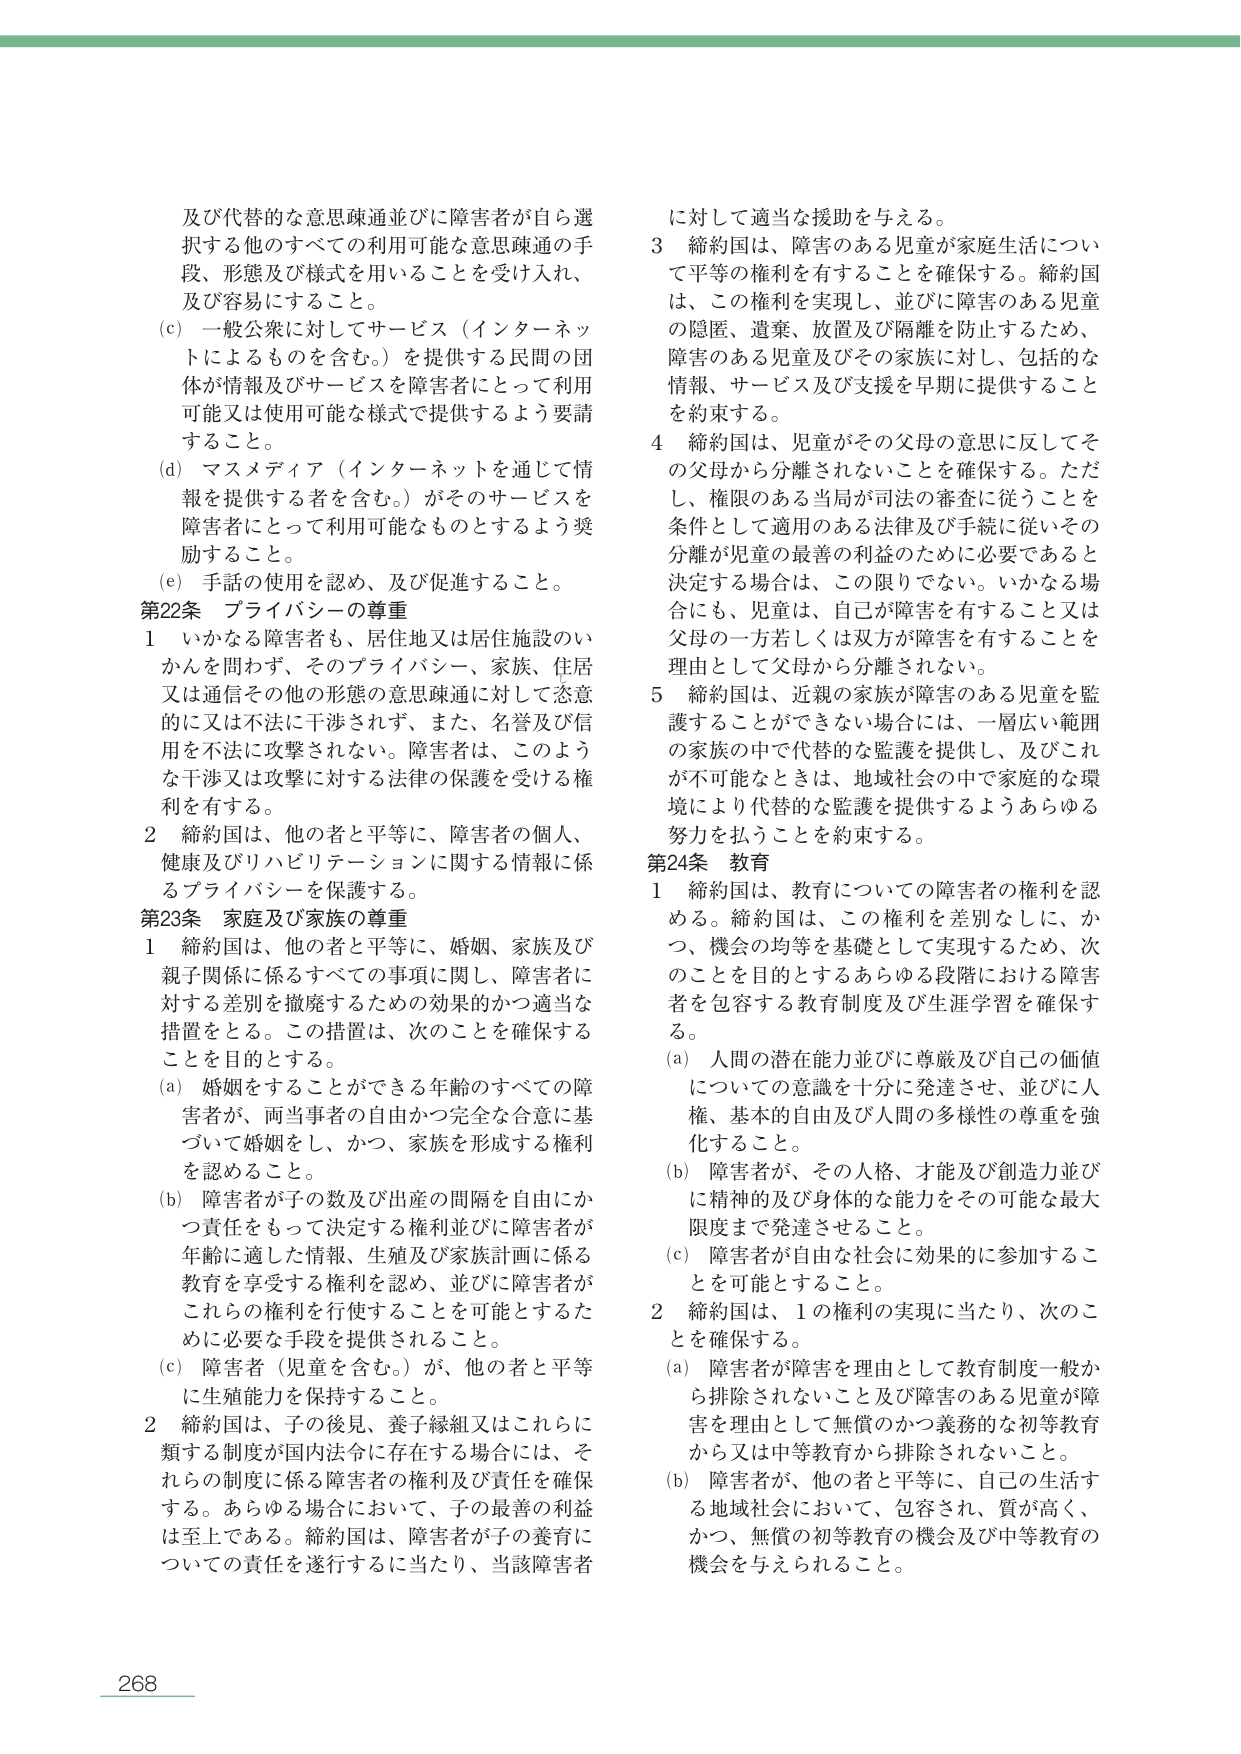
及び代替的な意思疎通並びに障害者が自ら選択する他のすべての利用可能な意思疎通の手段、形態及び様式を用いることを受け入れ、及び容易にすること。

(c) 一般公衆に対してサービス（インターネットによるものを含む。）を提供する民間の団体が情報及びサービスを障害者にとって利用可能又は使用可能な様式で提供するよう要請すること。

(d) マスメディア（インターネットを通じて情報を提供する者を含む。）がそのサービスを障害者にとって利用可能なものとするよう奨励すること。

(e) 手話の使用を認め、及び促進すること。

第22条 プライバシーの尊重

1 いかなる障害者も、居住地又は居住施設のいかんを問わず、そのプライバシー、家族、住居又は通信その他の形態の意思疎通に対して恣意的に又は不法に干渉されず、また、名誉及び信用を不法に攻撃されない。障害者は、このような干渉又は攻撃に対する法律の保護を受ける権利を有する。

2 締約国は、他の者と平等に、障害者の個人、健康及びリハビリテーションに関する情報に係るプライバシーを保護する。

第23条 家庭及び家族の尊重

1 締約国は、他の者と平等に、婚姻、家族及び親子関係に係るすべての事項に関し、障害者に対する差別を撤廃するための効果的かつ適当な措置をとる。この措置は、次のことを確保することを目的とする。

(a) 婚姻をすることができる年齢のすべての障害者が、両当事者の自由かつ完全な合意に基づいて婚姻をし、かつ、家族を形成する権利を認めること。

(b) 障害者が子の数及び出産の間隔を自由にかつ責任をもって決定する権利並びに障害者が年齢に適した情報、生殖及び家族計画に係る教育を享受する権利を認め、並びに障害者がこれらの権利を行使することを可能とするために必要な手段を提供されること。

(c) 障害者（児童を含む。）が、他の者と平等に生殖能力を保持すること。

2 締約国は、子の後見、養子縁組又はこれらに類する制度が国内法令に存在する場合には、それらの制度に係る障害者の権利及び責任を確保する。あらゆる場合において、子の最善の利益は至上である。締約国は、障害者が子の養育についての責任を遂行するに当たり、当該障害者に対して適当な援助を与える。

3 締約国は、障害のある児童が家庭生活について平等の権利を有することを確保する。締約国は、この権利を実現し、並びに障害のある児童の隠匿、遺棄、放置及び隔離を防止するため、障害のある児童及びその家族に対し、包括的な情報、サービス及び支援を早期に提供することを約束する。

4 締約国は、児童がその父母の意思に反してその父母から分離されないことを確保する。ただし、権限のある当局が司法の審査に従うことを条件として適用のある法律及び手続に従いその分離が児童の最善の利益のために必要であると決定する場合は、この限りでない。いかなる場合にも、児童は、自己が障害を有すること又は父母の一方若しくは双方が障害を有することを理由として父母から分離されない。

5 締約国は、近親の家族が障害のある児童を監護することができない場合には、一層広い範囲の家族の中で代替的な監護を提供し、及びこれが不可能なときは、地域社会の中で家庭的な環境により代替的な監護を提供するようあらゆる努力を払うことを約束する。

第24条 教育

1 締約国は、教育についての障害者の権利を認める。締約国は、この権利を差別なしに、かつ、機会の均等を基礎として実現するため、次のことを目的とするあらゆる段階における障害者を包摂する教育制度及び生涯学習を確保する。

(a) 人間の潜在能力並びに尊厳及び自己の価値についての意識を十分に発達させ、並びに人権、基本的自由及び人間の多様性の尊重を強化すること。

(b) 障害者が、その人格、才能及び創造力並びに精神的及び身体的な能力をその可能な最大限度まで発達させること。

(c) 障害者が自由な社会に効果的に参加することを可能とすること。

2 締約国は、1の権利の実現に当たり、次のことを確保する。

(a) 障害者が障害を理由として教育制度一般から排除されないこと及び障害のある児童が障害を理由として無償のかつ義務的な初等教育から又は中等教育から排除されないこと。

(b) 障害者が、他の者と平等に、自己的生活する地域社会において、包容され、質が高く、かつ、無償の初等教育の機会及び中等教育の機会を与えられること。

268